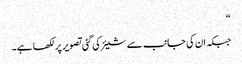
“
جبکہ ان کی جانب سے شیئر کی گئی تصویر پر لکھا ہے۔